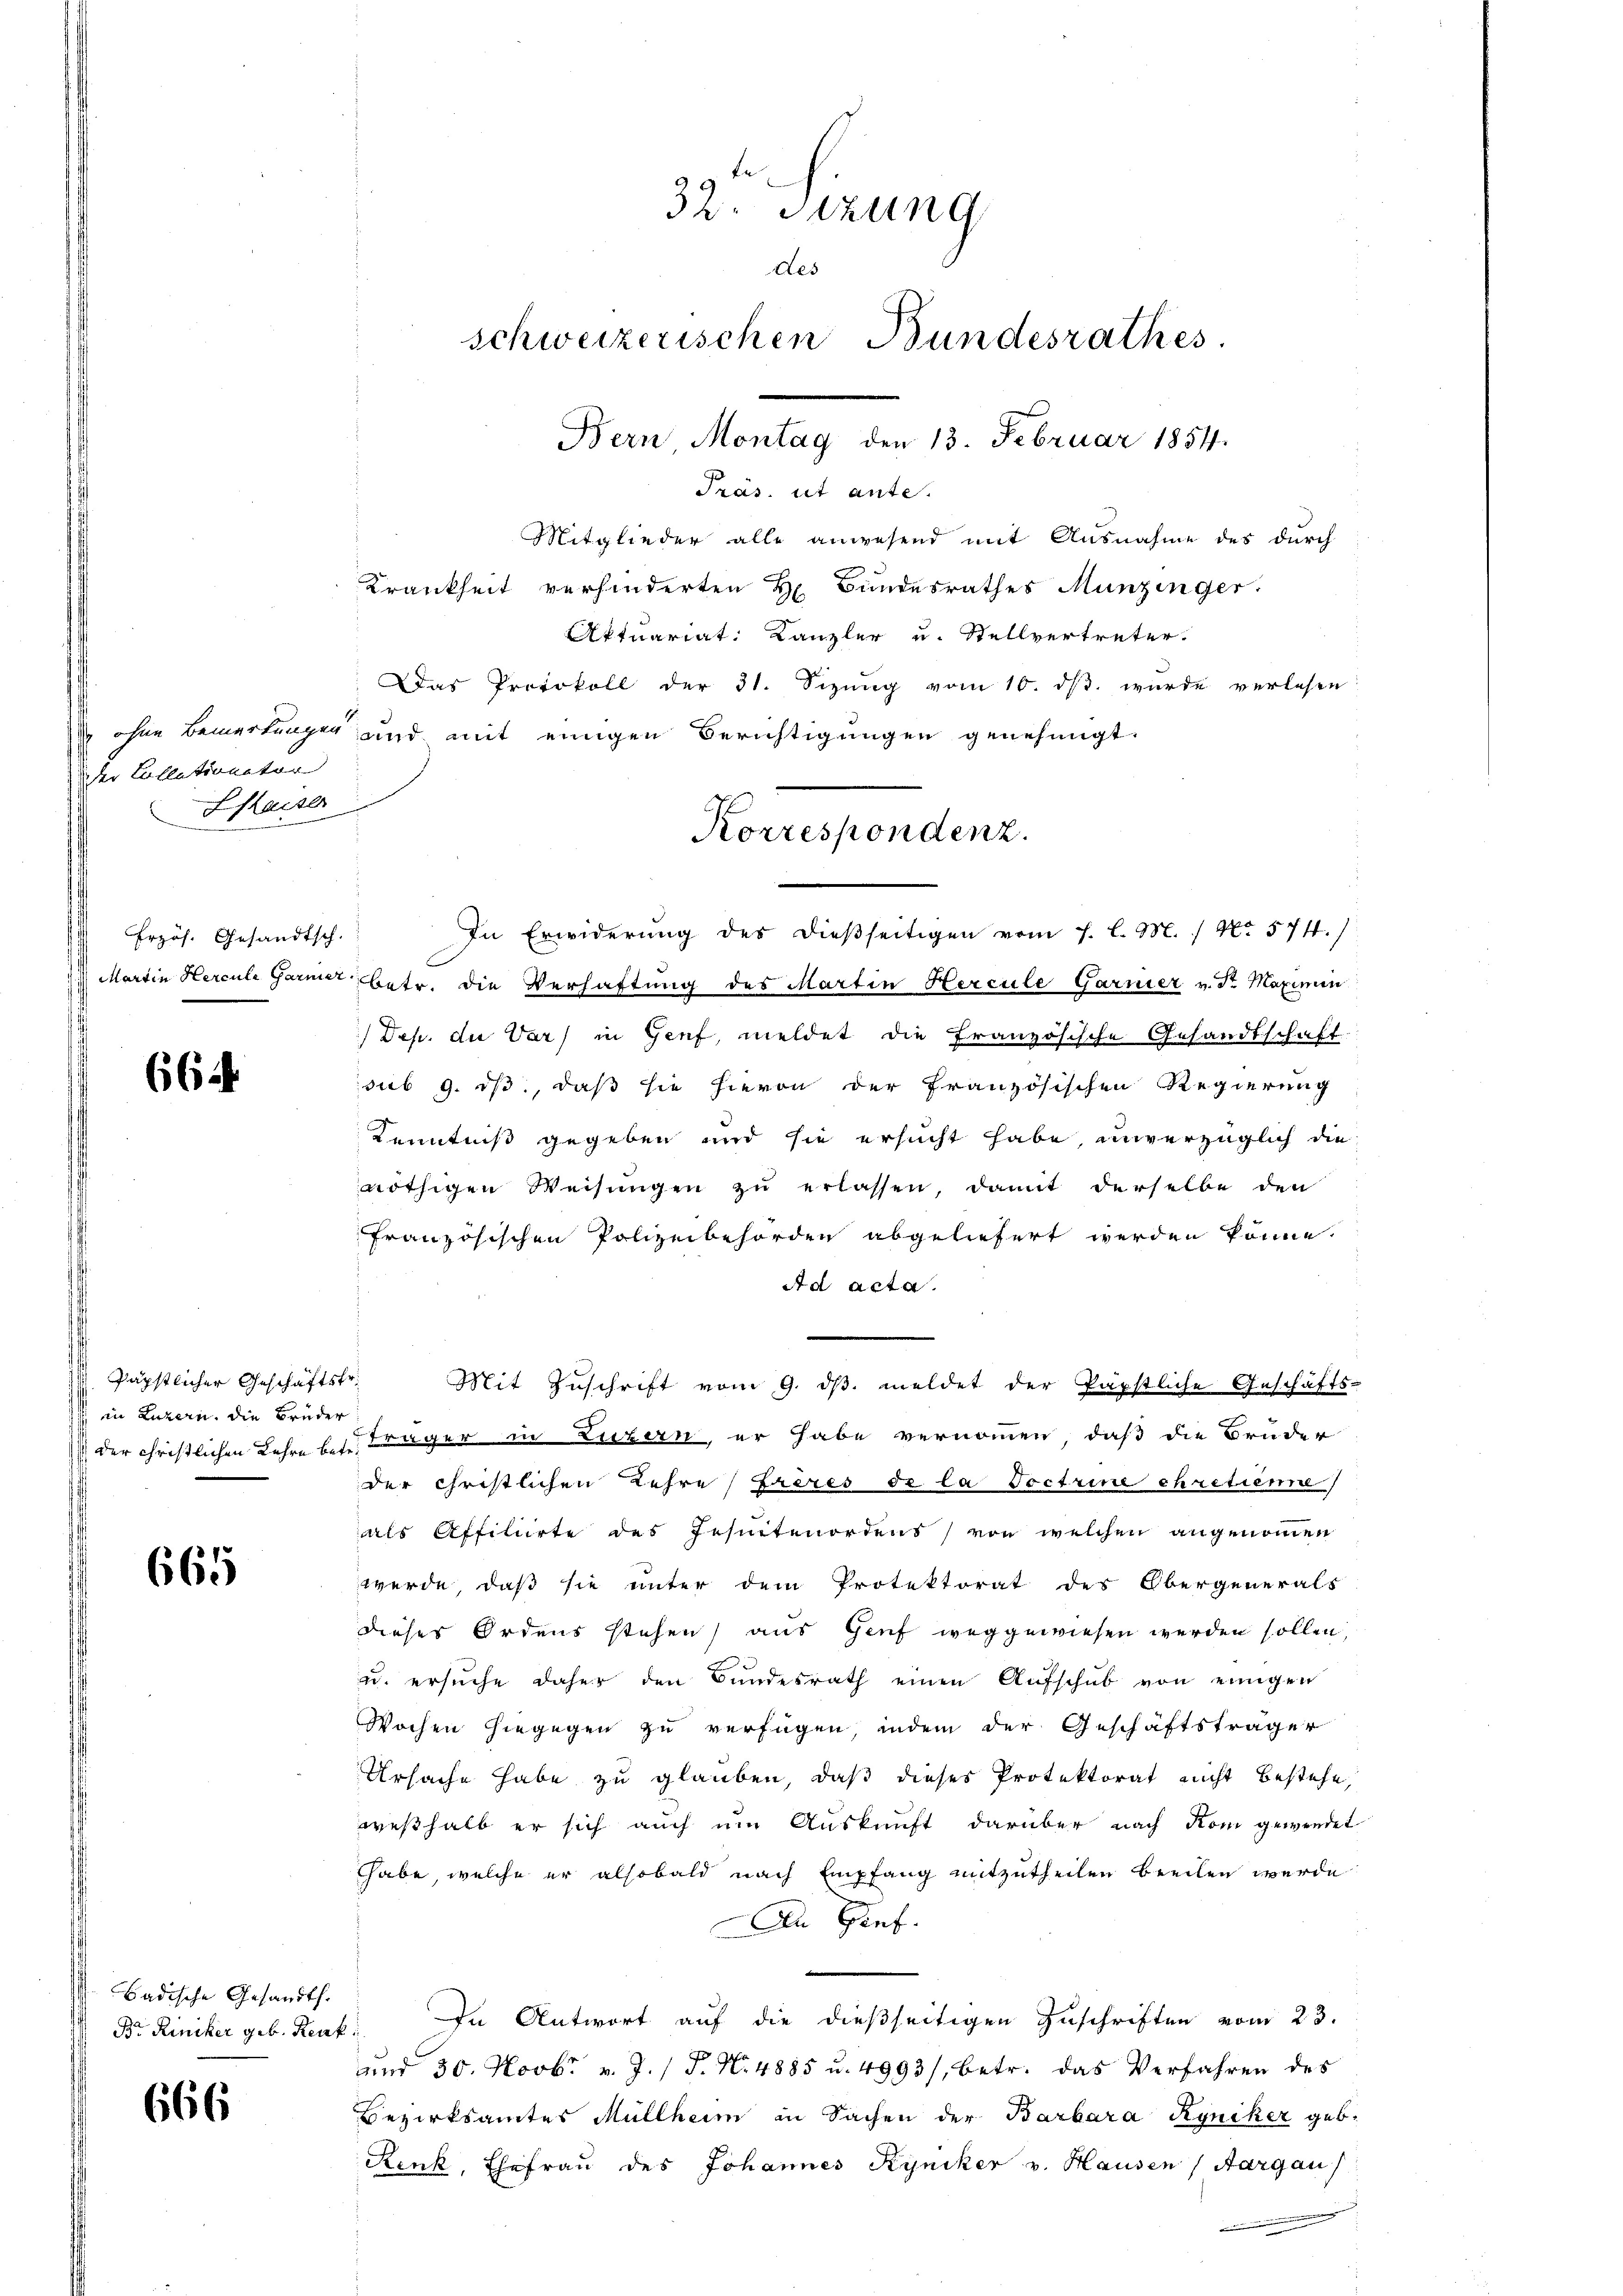
der Collationstor
Shaiser

Erzös. Gesandtsch.

664

päpstlicher Geschäftsfr.
 in Luzern, die Brüder

665

. Badische Gesandth.

666

32. Sizung
des
schweizerischen Bundesrathes
Bern, Montag den 13. Februar 1854.

Präs. ist ante.
Mitglieder alle anwesend mit Ausnahme des durch
Krankheit verhinderten H. Bundesrathes Munzinger.
Aktuariat Kanzler u. Stellvertreter.
Das Protokoll der 31. Sizung vom 10. ds. wurde verlesen
 ohne Bemerkungen und mit einigen Berichtigungen genehmigt.
Martin Hercule Garmer betr. die Verhaftung des Martin Hercule Garnier v. dr. Maximin
Dep. die Var) in Genf, meldet die französische Gesandtschaft.
sub 9. ds., daß sie hievon der französischen Regierung
Kenntniß gegeben und sie ersucht habe, unverzüglich die
nöthigen Weisungen zu erlassen, damit derselbe den
französischen Polizeibehörden abgeliefert werden könne.
Ad acta.
Mit Zuschrift vom 9. dβ. meldet der Päpstliche Geschäfts
 der christlichen Lehre besträger in Luzern, er habe vernommen, daß die Bruder
der Christlichen Lehre frères de la Voctrine ehretienne
als Affiliirte des Jesuitenordens von welchen angenommen
werde, daß sie unter dem Protektorat des Obergenerals
dieses Ordens stehen) aus Genf weggewiesen werden sollen,
u. ersŭche daher den Bŭndesrath einen Aŭfschŭb von einigen
Wochen hiegegen zu verfügen, indem der Geschäftsträger
Ursache habe zu glauben, daß dieses Protektorat nicht bestehe
weßhalb er sich auch um Auskunft darüber nach Kom gewendet
Thabe, welche er alsobald nach Empfang mitzutheilen beeilen werde
An Gief.
Br. Riniker geb. Renk. In Antwort auf die dießseitigen Zuschriften vom 23.
und 30. Novbr. v. J. / P. Nr. 4885 u. 4993/, betr. das Verfahren des
Bezirksamtes Müllheim in Sachen der Barbara Ryniker geb
Renk, Ehefrau des Johannes Kyniker v. Hausen (Aargau

Korrespondenz.
In Erwiderung des dießseitigen vom 1. l. M. / No 574.)